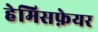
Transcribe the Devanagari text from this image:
हेमिसफ़ेयर